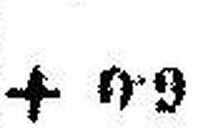
+ 0•9